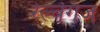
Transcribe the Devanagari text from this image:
रेल्वेगेज